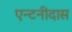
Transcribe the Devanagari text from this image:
एन्टनीदास